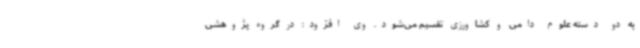
به دو دسته علوم دامی و کشاورزی تقسیم می‌شود. وی افزود: در گروه پژوهشی